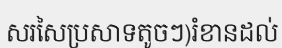
សរសៃប្រសាទតូចៗ)រំខានដល់